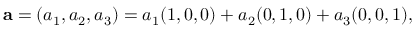
\mathbf { a } = ( a _ { 1 } , a _ { 2 } , a _ { 3 } ) = a _ { 1 } ( 1 , 0 , 0 ) + a _ { 2 } ( 0 , 1 , 0 ) + a _ { 3 } ( 0 , 0 , 1 ) ,